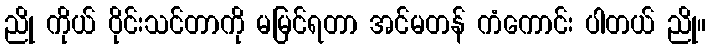
ညို ကိုယ် ဝိုင်းသင်တာကို မမြင်ရတာ အင်မတန် ကံကောင်း ပါတယ် ညို။